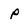
Character: P